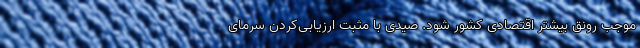
موجب رونق بیشتر اقتصادی کشور شود. صیدی با مثبت ارزیابی‌کردن سرمای